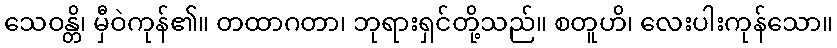
သေဝန္တိ၊ မှီဝဲကုန်၏။ တထာဂတာ၊ ဘုရားရှင်တို့သည်။ စတူဟိ၊ လေးပါးကုန်သော။